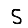
Digit: 5